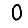
Digit: 0